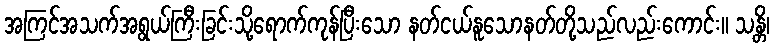
အကြင်အသက်အရွယ်ကြီးခြင်းသို့ရောက်ကုန်ပြီးသော နတ်ငယ်နူသောနတ်တို့သည်လည်းကောင်း။ သန္တိ၊